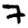
Digit: 7